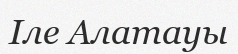
Іле Алатауы